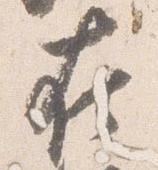
在